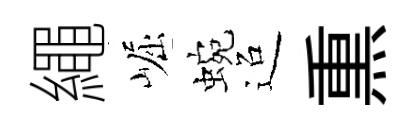
繩崛蜿迢𤋱